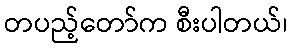
တပည့်တော်က စီးပါတယ်၊